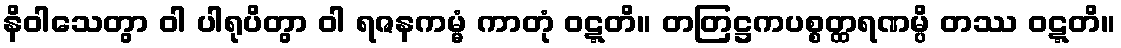
နိဝါသေတွာ ဝါ ပါရုပိတွာ ဝါ ရဇနကမ္မံ ကာတုံ ဝဋ္ဋတိ။ တတြဋ္ဌကပစ္စတ္ထရဏမ္ပိ တဿ ဝဋ္ဋတိ။